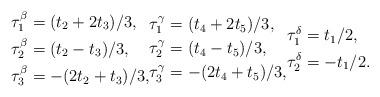
LaTeX: \begin{align*}\begin{aligned}\tau_1^{\beta}&=(t_2+2t_3)/3, \\\tau_2^{\beta}&=(t_2-t_3)/3, \\\tau_3^{\beta}&=-(2t_2+t_3)/3, \end{aligned}\begin{aligned}\tau_1^{\gamma}&=(t_4+2t_5)/3, \\\tau_2^{\gamma}&=(t_4-t_5)/3, \\\tau_3^{\gamma}&=-(2t_4+t_5)/3,\end{aligned}\begin{aligned}\tau_1^{\delta}&=t_1/2, \\\tau_2^{\delta}&=-t_1/2. \end{aligned}\end{align*}